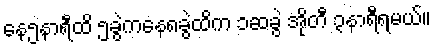
နေ၅နာရီထိ ၅ခွဲကနေ၈ခွဲထိက ၁ဆခွဲ အိုတီ ၃နာရီရမယ်။